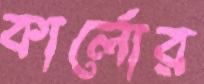
কার্লোর